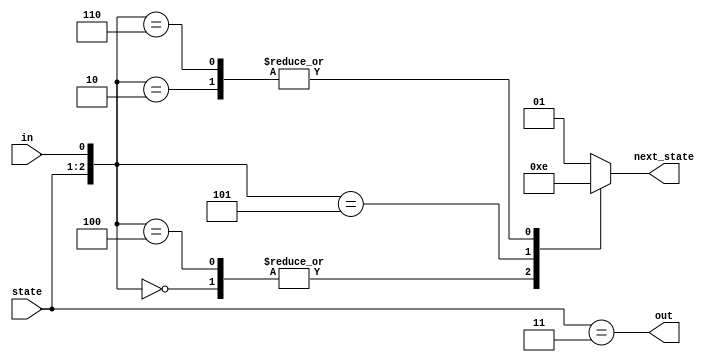
module top_module(
    input in,
    input [1:0] state,
    output [1:0] next_state,
    output out); //

    parameter A=2'b00, B=2'b01, C=2'b10, D=2'b11;

    // State transition logic: next_state = f(state, in)
    always @(*) begin
      case ({state, in})
        {A, 1'b0}: next_state = A;
        {A, 1'b1}: next_state = B;
        {B, 1'b0}: next_state = C;
        {B, 1'b1}: next_state = B;
        {C, 1'b0}: next_state = A;
        {C, 1'b1}: next_state = D;
        {D, 1'b0}: next_state = C;
        default: next_state = B;
      endcase
      out = (state == D);
    end
    // Output logic:  out = f(state) for a Moore state machine

endmodule